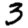
Digit: 3